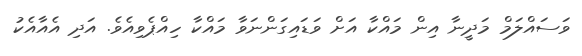
ވަސައްލަމް މަދީނާ އިން މައްކާ އަށް ވަޑައިގަންނަވާ މައްކާ ހިއްޕެވިއެވެ. އަދި އެއާއެކު